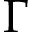
\Gamma